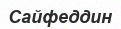
Сайфеддин